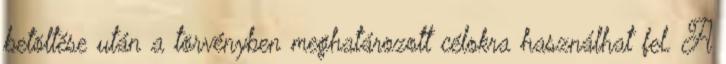
betöltése után a törvényben meghatározott célokra használhat fel. A